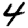
Digit: 4